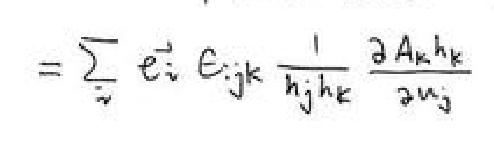
\[=\sum_{i}\vec{e}_{i}\epsilon_{ijk}\frac{1}{h_{j}h_{k}}\frac{\partial A_{k}h_{k}}{\partial u_{j}}\]